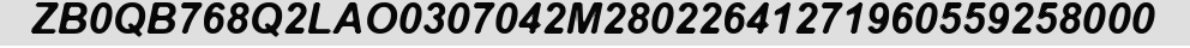
ZB0QB768Q2LAO0307042M28022641271960559258000